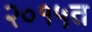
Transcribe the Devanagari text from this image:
२०१५त